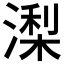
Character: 𣼖